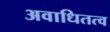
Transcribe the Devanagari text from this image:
अवाधितत्व